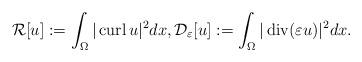
LaTeX: \begin{align*} \mathcal{R}[u]:= \int_\Omega |\operatorname{curl}u|^2 dx , \mathcal{D}_\varepsilon[u]:= \int_\Omega |\operatorname{div}(\varepsilon u)|^2 dx . \end{align*}